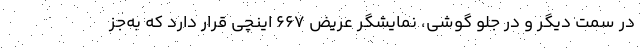
در سمت دیگر و در جلو گوشی، نمایشگر عریض ۶۶۷ اینچی قرار دارد که به‌جز